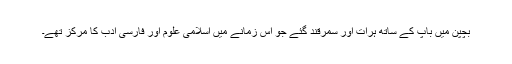
بچپن میں باپ کے ساتھ ہرات اور سمرقند گئے جو اس زمانے میں اسلامی علوم اور فارسی ادب کا مرکز تھے۔